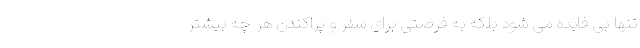
تنها بی فایده می شود بلکه به فرصتی برای سفر و پراکندن هر چه بیشتر